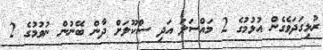
ރުޅިގަދަވެގެން އުޅުމުގެ 2 މައްސަލަ އަދި ސްކޫލަށް ދާން ބޭނުން ނުވުމުގެ 2